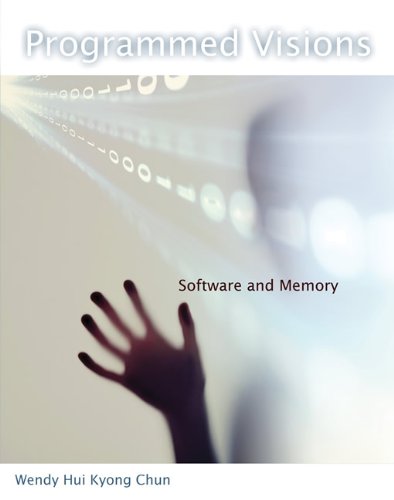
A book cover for Programmed Visions: Software and Memory (Software Studies); Wendy Hui Kyong Chun; Computers & Technology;